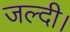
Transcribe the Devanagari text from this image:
जल्दी।